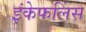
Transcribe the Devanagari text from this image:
इंकेफलिंस